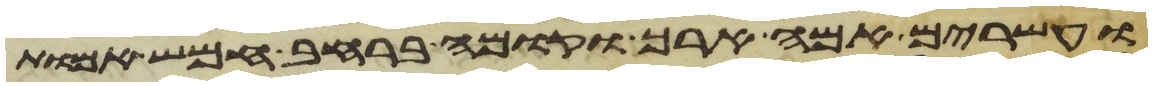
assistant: ועשרים אמה ארך וקומה ברחב חמש אמות